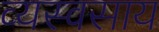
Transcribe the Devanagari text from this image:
व्यस्वसाय